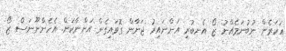
އަހަރެން ނުބުނަމެއްނު ޒޯ އެނބުރި އަންނައިރު ޖަނާން ގޮވައިގެން އަންނާކަށް. އެހެންނޫނަސް ޒޯ